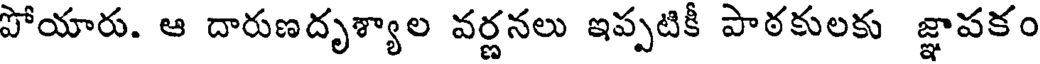
పోయారు. ఆ దారుణదృశ్యాల వర్ణనలు ఇప్పటికీ పాఠకులకు జ్ఞాపకం